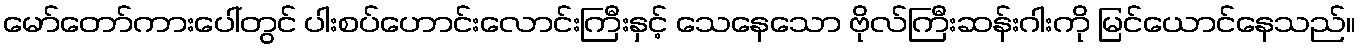
မော်တော်ကားပေါ်တွင် ပါးစပ်ဟောင်းလောင်းကြီးနှင့် သေနေသော ဗိုလ်ကြီးဆန်းဂါးကို မြင်ယောင်နေသည်။